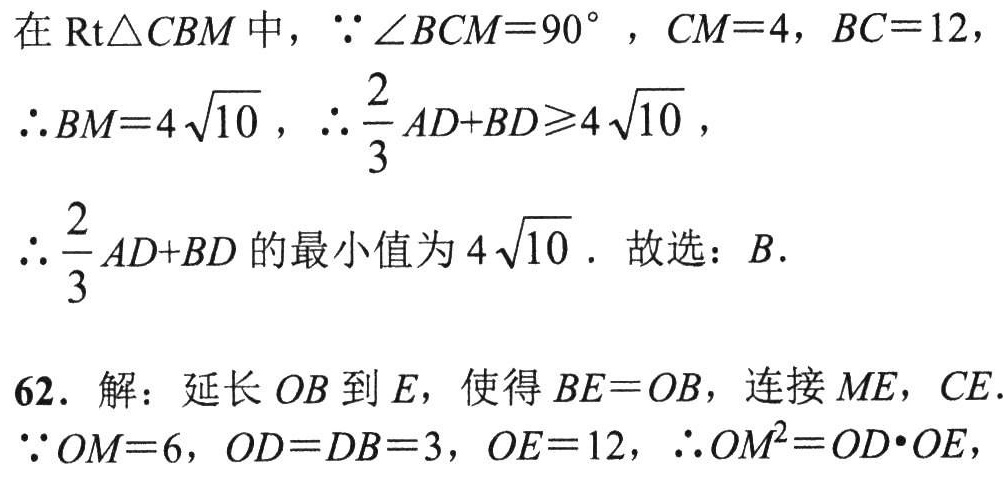
在$\text{Rt}\triangle CBM$中，$\because \angle BCM = 90^{\circ}$，$CM = 4$，$BC = 12$，
$\therefore BM = 4\sqrt{10}$，$\therefore \dfrac{2}{3}AD + BD\geqslant4\sqrt{10}$，
$\therefore \dfrac{2}{3}AD + BD$的最小值为$4\sqrt{10}$. 故选：$B$.

62. 解：延长$OB$到$E$，使得$BE = OB$，连接$ME$，$CE$.
$\because OM = 6$，$OD = DB = 3$，$OE = 12$，$\therefore OM^{2}=OD\cdot OE$，